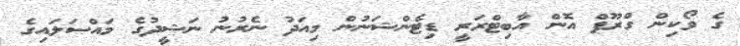
ގެ ވޯކިން ގްރޫޕް އޮން އާބިޓްރަރީ ޑިޓެންޝަނުން މިއަދު ނެރުނު ނަޝީދުގެ މައްސަލައިގެ